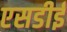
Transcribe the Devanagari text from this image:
एसडीई